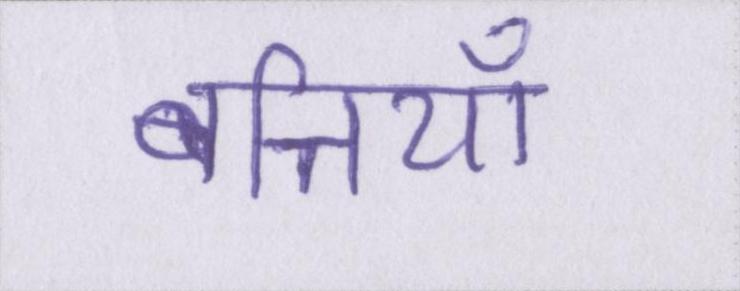
बत्तियाँ